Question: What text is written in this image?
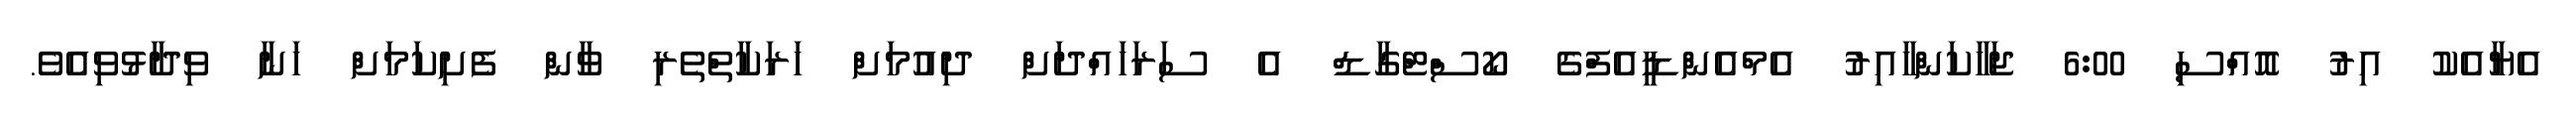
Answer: އެޔާއެކު އިރު އޮއްސި 6:00 ޖަހާކަންހާއިރު އެމްއެންޑީއެފްގެ ކޯސްޓްގާޑް އެ ސަރަހައްދަށް ދިއުމަށް ހަރަކާތްތެރި ވާން ފެށިކަމަށް ހަނާ ވިދާޅުވިއެވެ.